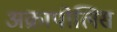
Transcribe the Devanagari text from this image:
अक्रापोलिस